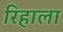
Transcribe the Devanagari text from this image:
रिहाला